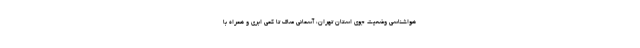
هواشناسی وضعیت جوی استان تهران، آسمانی صاف تا کمی ابری و همراه با